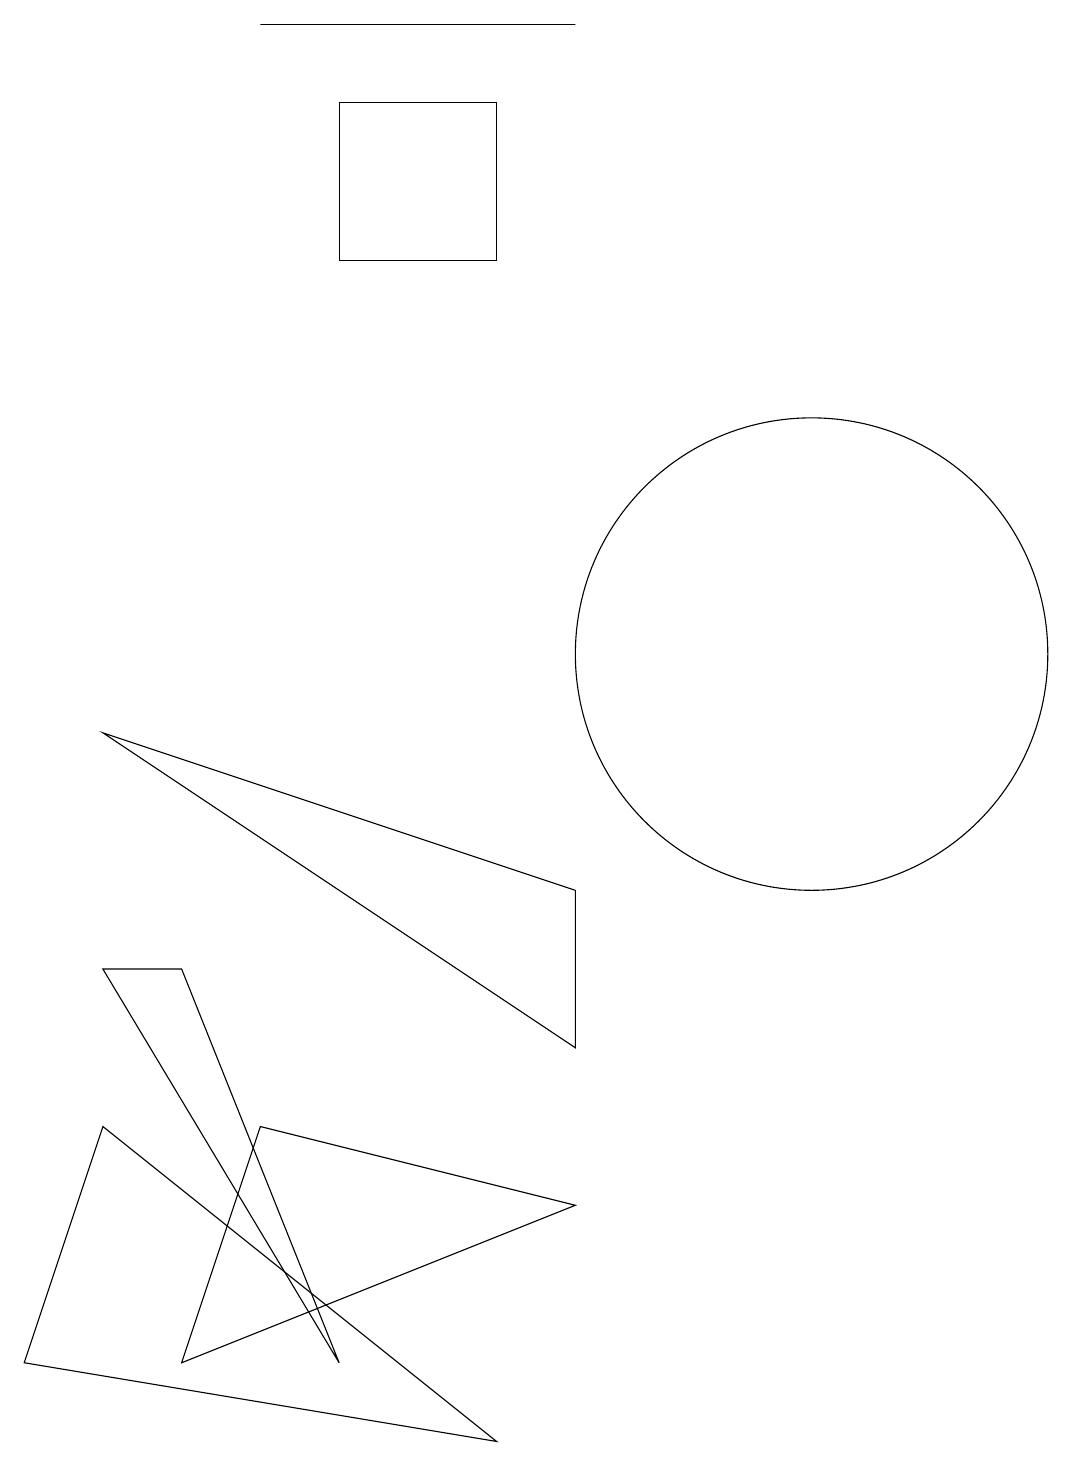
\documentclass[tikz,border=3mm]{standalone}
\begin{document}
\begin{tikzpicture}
\draw (7,0) -- (2,4) -- (1,1) -- cycle;
\draw (8,18) rectangle (4,18);
\draw (11,10) circle (3);
\draw (7,15) rectangle (5,17);
\draw (8,3) -- (4,4) -- (3,1) -- cycle;
\draw (2,9) -- (8,5) -- (8,7) -- cycle;
\draw (3,6) -- (5,1) -- (2,6) -- cycle;
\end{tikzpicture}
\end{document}